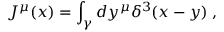
J ^ { \mu } ( x ) = \int _ { \gamma } d y ^ { \mu } \delta ^ { 3 } ( x - y ) \; ,